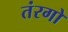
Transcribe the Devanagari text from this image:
तंरगो